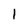
Character: 1